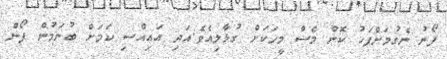
ފޯނު ނެގުމަށްފަހު ކޮން މެސް މީހަކަށް ގުޅާލިއެވެ.އަދި އައިއްސި ކަމަށް ބުނަމުން ފޯން